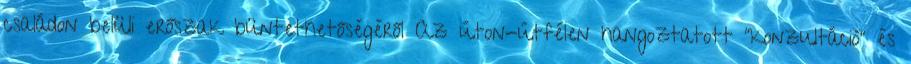
családon belüli erőszak büntethetőségéről Az úton-útfélen hangoztatott "konzultáció" és